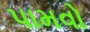
પામવો